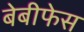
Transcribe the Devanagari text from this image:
बेबीफेस